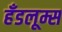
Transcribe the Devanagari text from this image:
हँडलूम्स